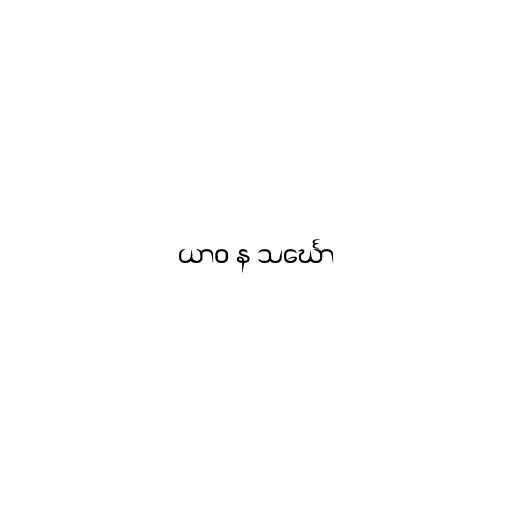
ယာဝ န သင်္ဃော